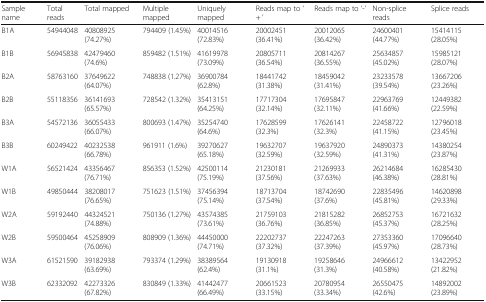
<table><thead><tr><td><b>Sample name</b></td><td><b>Total reads</b></td><td><b>Total mapped</b></td><td><b>Multiple mapped</b></td><td><b>Uniquely mapped</b></td><td><b>Reads map to ‘ + ’</b></td><td><b>Reads map to ‘-’</b></td><td><b>Non-splice reads</b></td><td><b>Splice reads</b></td></tr></thead><tbody><tr><td>B1A</td><td>54944048</td><td>40808925 (74.27%)</td><td>794409 (1.45%)</td><td>40014516 (72.83%)</td><td>20002451 (36.41%)</td><td>20012065 (36.42%)</td><td>24600401 (44.77%)</td><td>15414115 (28.05%)</td></tr><tr><td>B1B</td><td>56945838</td><td>42479460 (74.6%)</td><td>859482 (1.51%)</td><td>41619978 (73.09%)</td><td>20805711 (36.54%)</td><td>20814267 (36.55%)</td><td>25634857 (45.02%)</td><td>15985121 (28.07%)</td></tr><tr><td>B2A</td><td>58763160</td><td>37649622 (64.07%)</td><td>748838 (1.27%)</td><td>36900784 (62.8%)</td><td>18441742 (31.38%)</td><td>18459042 (31.41%)</td><td>23233578 (39.54%)</td><td>13667206 (23.26%)</td></tr><tr><td>B2B</td><td>55118356</td><td>36141693 (65.57%)</td><td>728542 (1.32%)</td><td>35413151 (64.25%)</td><td>17717304 (32.14%)</td><td>17695847 (32.11%)</td><td>22963769 (41.66%)</td><td>12449382 (22.59%)</td></tr><tr><td>B3A</td><td>54572136</td><td>36055433 (66.07%)</td><td>800693 (1.47%)</td><td>35254740 (64.6%)</td><td>17628599 (32.3%)</td><td>17626141 (32.3%)</td><td>22458722 (41.15%)</td><td>12796018 (23.45%)</td></tr><tr><td>B3B</td><td>60249422</td><td>40232538 (66.78%)</td><td>961911 (1.6%)</td><td>39270627 (65.18%)</td><td>19632707 (32.59%)</td><td>19637920 (32.59%)</td><td>24890373 (41.31%)</td><td>14380254 (23.87%)</td></tr><tr><td>W1A</td><td>56521424</td><td>43356467 (76.71%)</td><td>856353 (1.52%)</td><td>42500114 (75.19%)</td><td>21230181 (37.56%)</td><td>21269933 (37.63%)</td><td>26214684 (46.38%)</td><td>16285430 (28.81%)</td></tr><tr><td>W1B</td><td>49850444</td><td>38208017 (76.65%)</td><td>751623 (1.51%)</td><td>37456394 (75.14%)</td><td>18713704 (37.54%)</td><td>18742690 (37.6%)</td><td>22835496 (45.81%)</td><td>14620898 (29.33%)</td></tr><tr><td>W2A</td><td>59192440</td><td>44324521 (74.88%)</td><td>750136 (1.27%)</td><td>43574385 (73.61%)</td><td>21759103 (36.76%)</td><td>21815282 (36.85%)</td><td>26852753 (45.37%)</td><td>16721632 (28.25%)</td></tr><tr><td>W2B</td><td>59500464</td><td>45258909 (76.06%)</td><td>808909 (1.36%)</td><td>44450000 (74.71%)</td><td>22202737 (37.32%)</td><td>22247263 (37.39%)</td><td>27353360 (45.97%)</td><td>17096640 (28.73%)</td></tr><tr><td>W3A</td><td>61521590</td><td>39182938 (63.69%)</td><td>793374 (1.29%)</td><td>38389564 (62.4%)</td><td>19130918 (31.1%)</td><td>19258646 (31.3%)</td><td>24966612 (40.58%)</td><td>13422952 (21.82%)</td></tr><tr><td>W3B</td><td>62332092</td><td>42273326 (67.82%)</td><td>830849 (1.33%)</td><td>41442477 (66.49%)</td><td>20661523 (33.15%)</td><td>20780954 (33.34%)</td><td>26550475 (42.6%)</td><td>14892002 (23.89%)</td></tr></tbody></table>